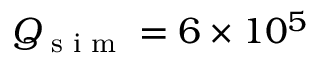
Q _ { \textrm { s i m } } = 6 \times 1 0 ^ { 5 }